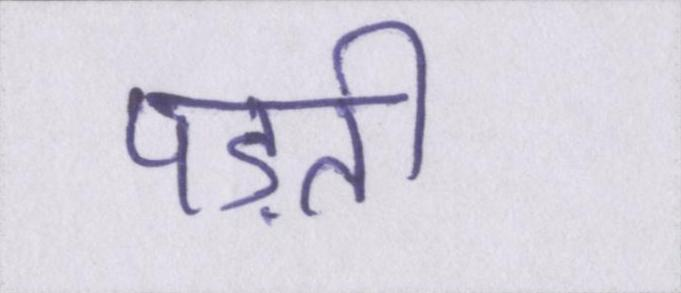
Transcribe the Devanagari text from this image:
पड़ती